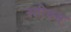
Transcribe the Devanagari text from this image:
स्टीक्स्